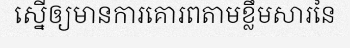
ស្នើឲ្យមានការគោរពតាមខ្លឹមសារនៃ